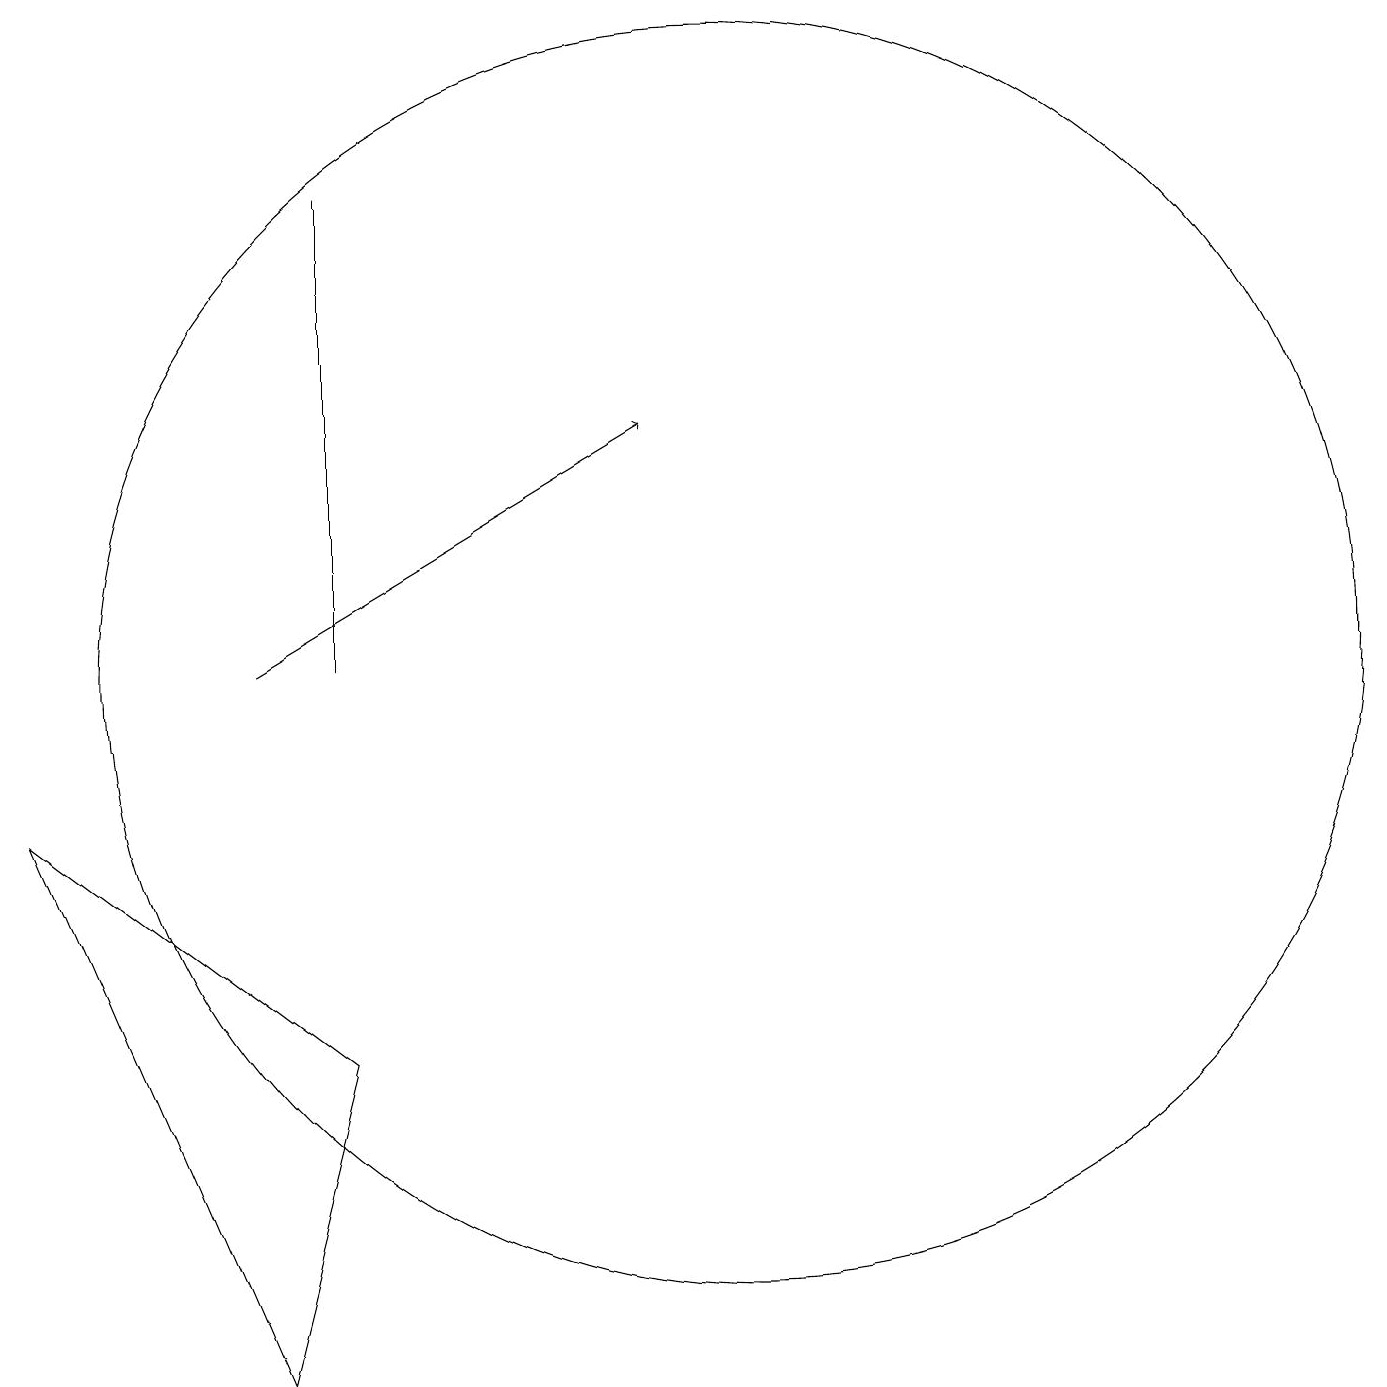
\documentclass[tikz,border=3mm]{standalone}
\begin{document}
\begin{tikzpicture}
\draw[->] (4,11) -- (9,14);
\draw (10,11) circle (8);
\draw (5,11) rectangle (5,17);
\draw (4,2) -- (1,9) -- (5,6) -- cycle;
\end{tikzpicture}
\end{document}